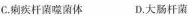
C.痢疾杆菌噬菌体D.大肠杆菌